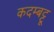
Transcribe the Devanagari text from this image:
कदम्बट्टू